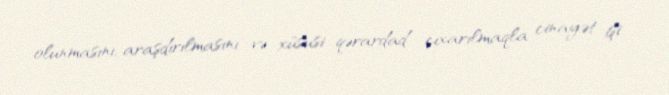
olunmasını, araşdırılmasını və xüsusi qərardad çıxarılmaqla cinayət işi